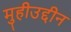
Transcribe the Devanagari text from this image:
मुहीउद्दीन